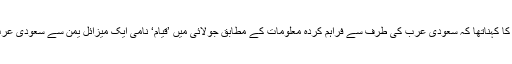
امریکی سفیرہ کا کہناتھا کہ سعودی عرب کی طرف سے فراہم کردہ معلومات کے مطابق جولائی میں ’قیام‘ نامی ایک میزائل یمن سے سعودی عرب پر داغا گیا۔